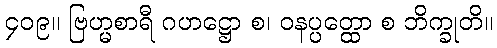
၄၀၉။ ဗြဟ္မစာရီ ဂဟဋ္ဌော စ၊ ဝနပ္ပတ္ထော စ ဘိက္ခုတိ။